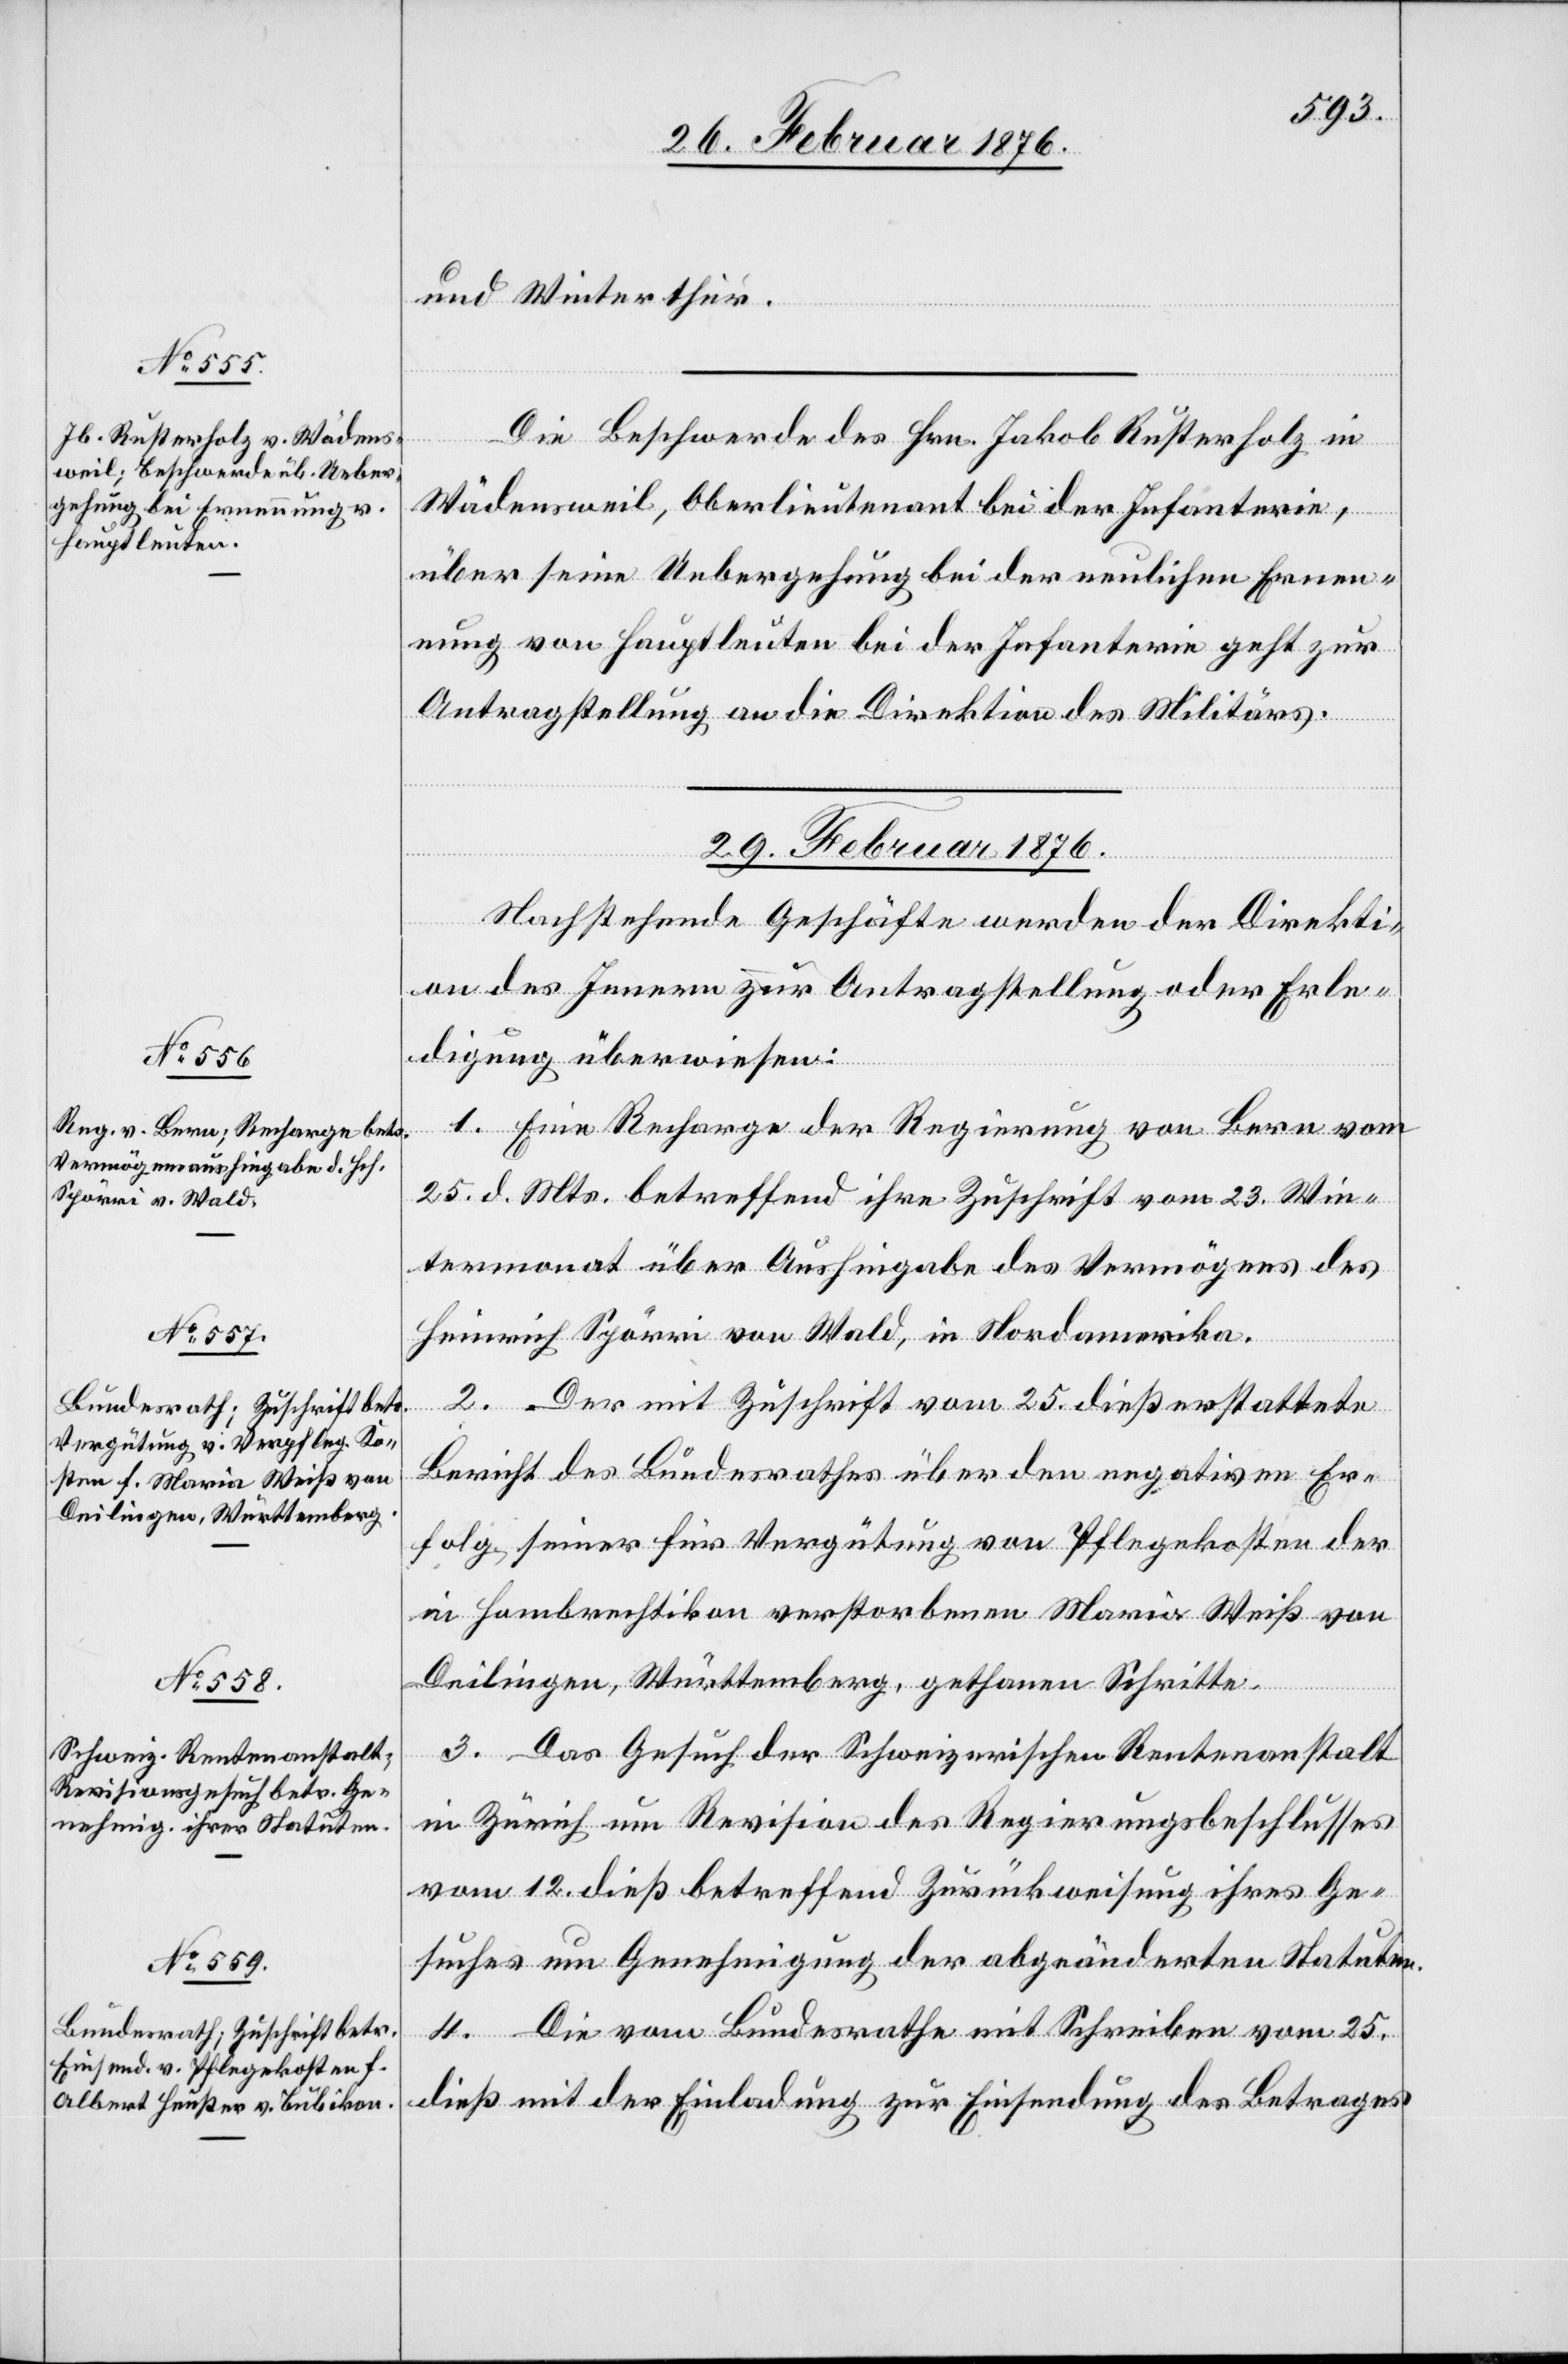
28. Februar 1876.]
und Winterthur.
Die Beschwerde des Hrn. Jakob Rusterholz in
Wädensweil, Oberlieutenant bei der Infanterie,
über seine Uebergehung bei der neulichen Ernen¬
nung von Hauptleuten bei der Infanterie geht zur
Antragstellung an die Direktion des Militärs.
29. Februar 1876.]
Nachstehende Geschäfte werden der Direkti¬
on des Innern zur Antragstellung oder Erle¬
digung überwiesen:
n.
1. Eine Recharge der Regierung von Bern vom
25. d. Mts. betreffend ihre Zuschrift vom 23. Win¬
termonat über Aushingabe des Vermögens des
Heinrich Spörri von Wald, in Nordamerika.
2. Der mit Zuschrift vom 25. dieß erstattete
Bericht des Bundesrathes über den negativen Er¬
folg seiner für Vergütung von Pflegekosten der
in Hombrechtikon verstorbenen Maria Weiß von
Deilingen, Württemberg, gethanen Schritte.
3. Das Gesuch der Schweizerischen Rentenanstalt
in Zürich um Revision des Regierungsbeschlusses
vom 12. dieß betreffend Zurückweisung ihres Ge¬
suches um Genehmigung der abgeänderten Statute¬
4. Die vom Bundesrathe mit Schreiben vom 25.
dieß mit der Einladung zur Einsendung des Betrages